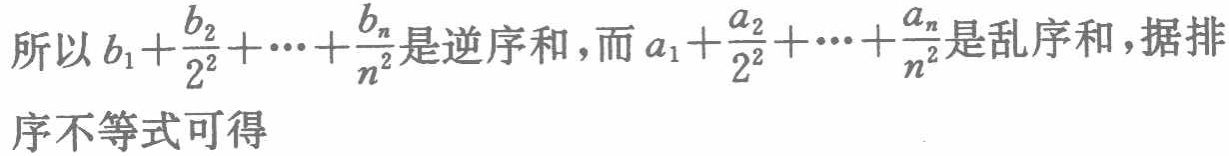
所以\(b_{1}+\frac{b_{2}}{2^{2}}+\cdots+\frac{b_{n}}{n^{2}}\)是逆序和，而\(a_{1}+\frac{a_{2}}{2^{2}}+\cdots+\frac{a_{n}}{n^{2}}\)是乱序和，据排序不等式可得